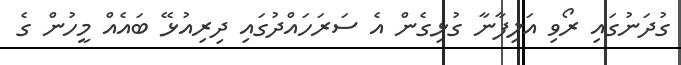
ގުދަނުގައި ރޯވި އަލިފާނާ ގުޅިގެން އެ ސަރަހައްދުގައި ދިރިއުޅޭ ބައެއް މީހުން ގެ